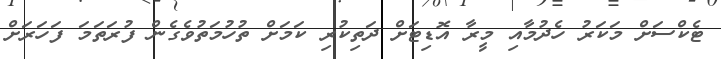
ޓެކްސަށް މަކަރު ހެދުމާއި މީރާ އޮޑިޓަށް ދަތިކުރި ކަމަށް ތުހުމަތުވެގެން ފުރަތަމަ ފަހަރަށް